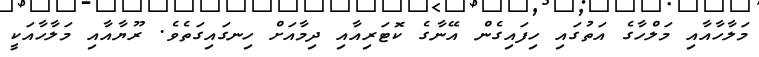
މަލާހާއާއި މަލްހާގެ އަތުގައި ހިފައިގެން އޭނާގެ ކޮޓަރިއާއި ދިމާއަށް ހިނގައިގަތެވެ. ރޫޔާއާއި މަލާހާއަކީ